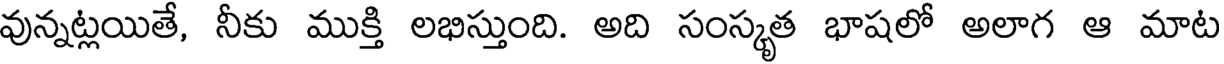
వున్నట్లయితే, నీకు ముక్తి లభిస్తుంది. అది సంస్కృత భాషలో అలాగ ఆ మాట